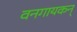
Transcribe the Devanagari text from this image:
वनगायकन्